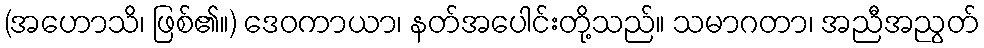
(အဟောသိ၊ ဖြစ်၏။) ဒေဝကာယာ၊ နတ်အပေါင်းတို့သည်။ သမာဂတာ၊ အညီအညွတ်